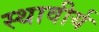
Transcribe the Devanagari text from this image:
स्थावीर्य